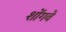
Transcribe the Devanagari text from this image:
शोंगवे